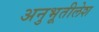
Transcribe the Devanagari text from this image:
अनुभूतीलेश